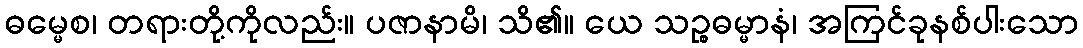
ဓမ္မေစ၊ တရားတို့ကိုလည်း။ ပဇာနာမိ၊ သိ၏။ ယေ သဉ္စဓမ္မာနံ၊ အကြင်ခုနစ်ပါးသော